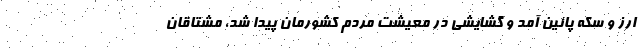
ارز و سکه پائین آمد و گشایشی در معیشت مردم کشورمان پیدا شد، مشتاقان